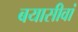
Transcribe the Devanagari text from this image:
बयासीवां